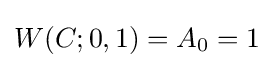
W(C;0,1)=A_{0}=1